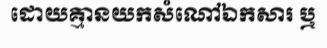
ដោយគ្មានយកសំណៅឯកសារ ឬ